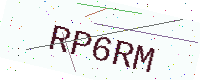
Text: RP6RM